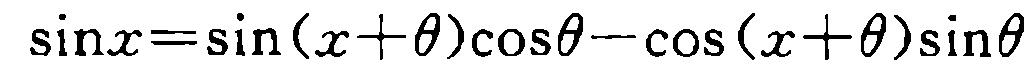
\(\sin x=\sin(x + \theta)\cos\theta-\cos(x + \theta)\sin\theta\)